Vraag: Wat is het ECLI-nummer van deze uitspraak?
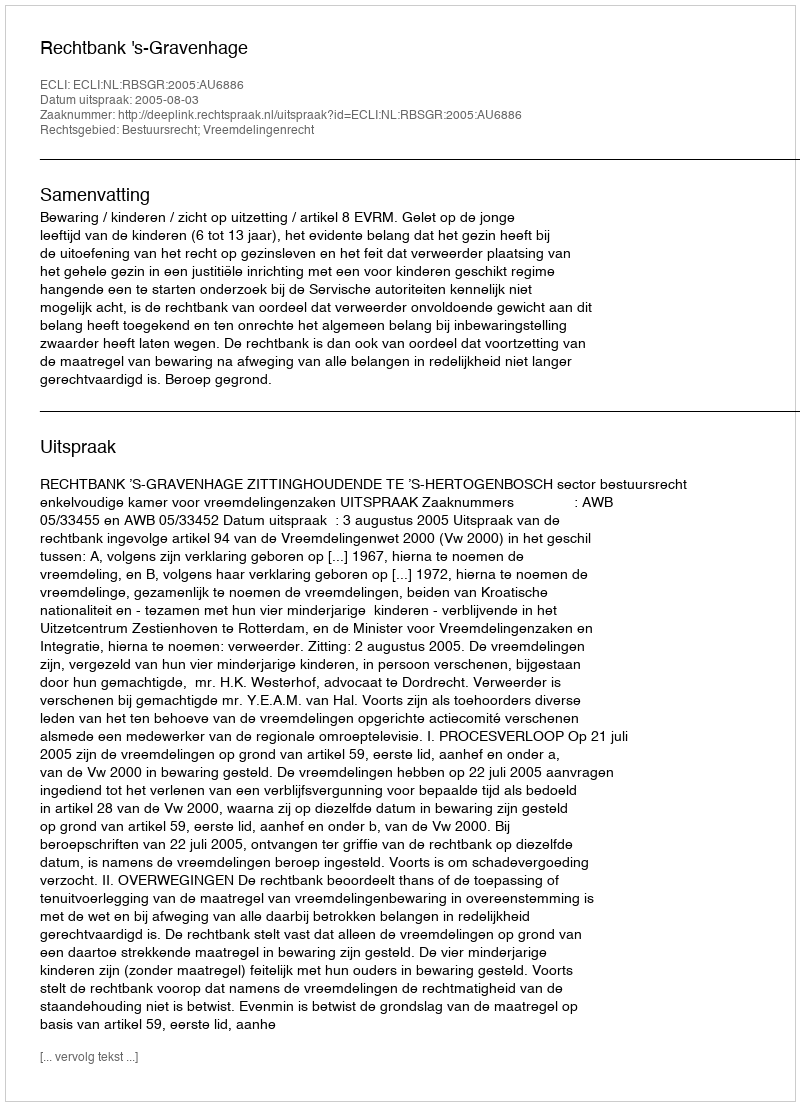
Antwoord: ECLI:NL:RBSGR:2005:AU6886